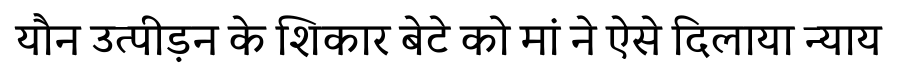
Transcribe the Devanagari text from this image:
यौन उत्पीड़न के शिकार बेटे को मां ने ऐसे दिलाया न्याय